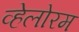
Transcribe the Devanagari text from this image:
व्हेलोरम